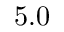
5 . 0